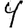
Digit: 4